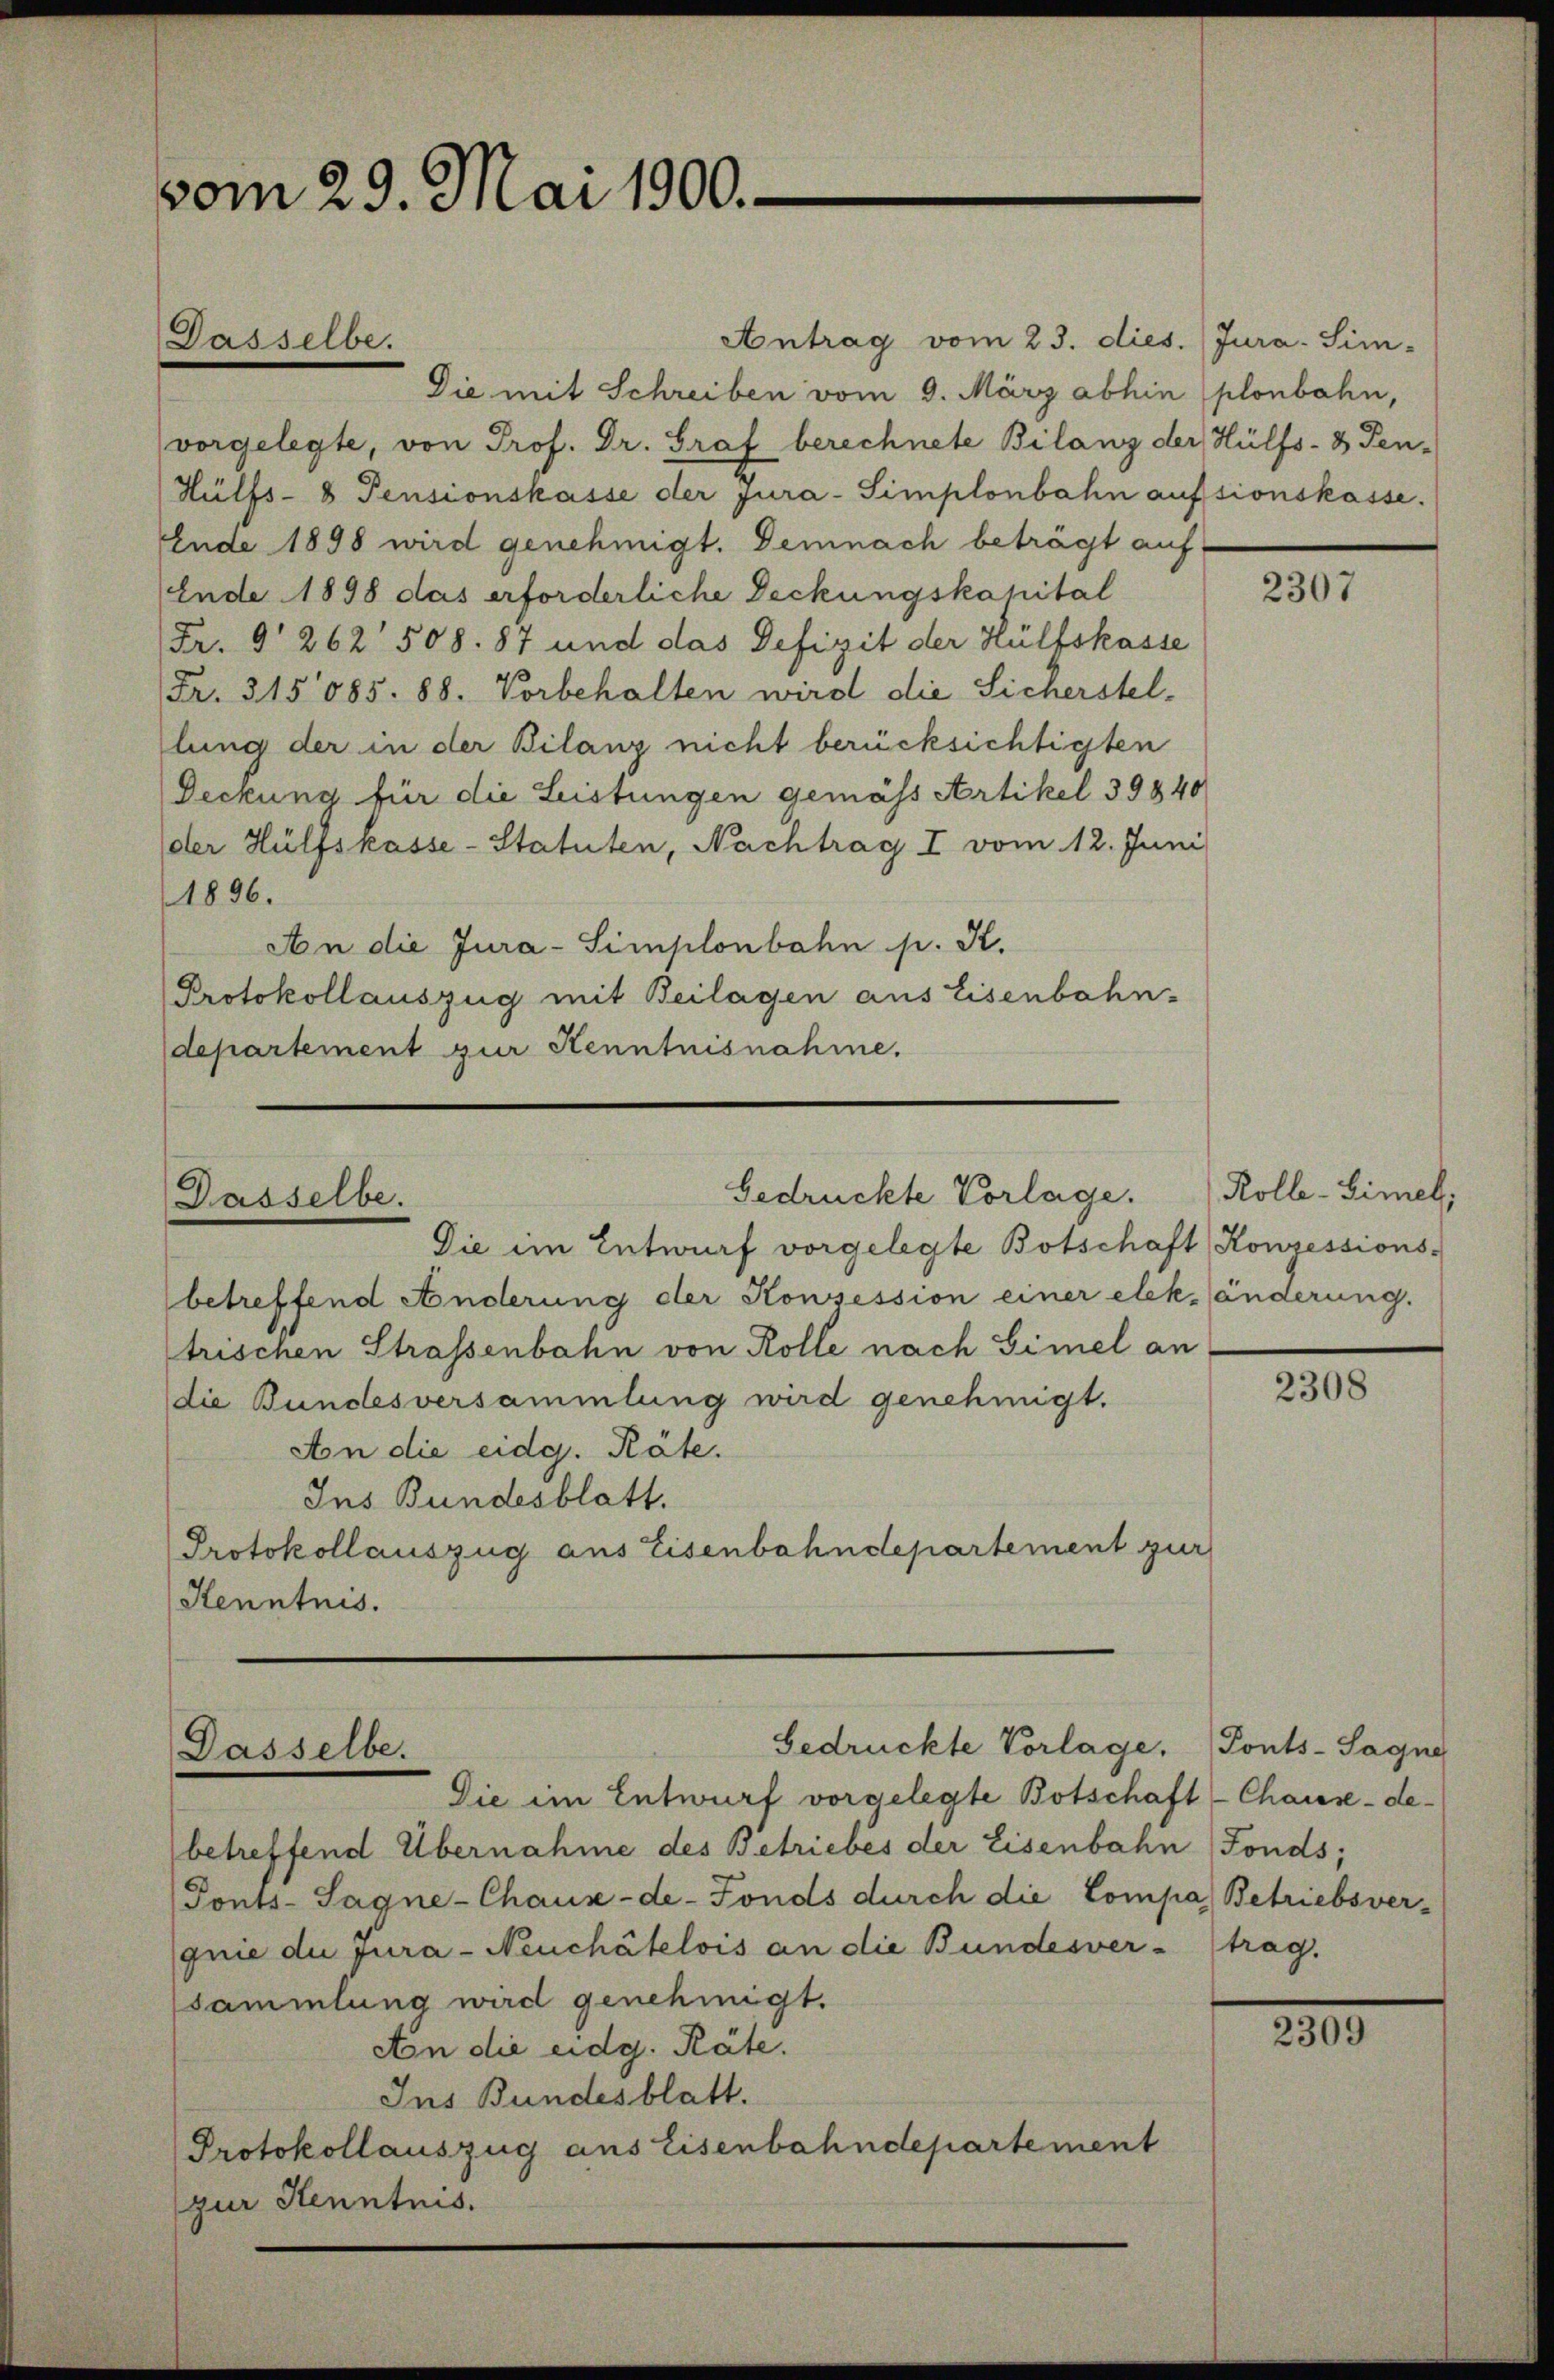
vom 29. Mai 1900.

Dasselbe.

Antrag vom 23. dies. Jura. Sim-
Die mit Schreiben vom 9. März abhin (plonbahn,
vorgelegte, von Prof. Dr. Graf berechnete Bilanz der Hülfs- & Pen-
Hülfs-8 Pensionskasse der jura-Simplonbahn aufsionskasse.
Ende 1898 wird genehmigt. Demnach beträgt auf
Ende 1898 das erforderliche Deckungskapital
Fr. § 262 508. 87 und das Defizit der Hülfskasse
(Fr. 315085. 88. Vorbehalten wird die Sicherstel-
lung der in der Bilanz nicht berücksichtigten
Deckung für die Leistungen gemäss Artikel 39840
der Hülfskasse-Statuten, Nachtrag I vom 12. Juni
1896.
An die Jura-Simplonbahn p. K.
Protokollauszug mit Beilagen aus Eisenbahn-
departement zur Kenntnisnahme.

Gedrückte Vorlage.
Dasselbe.
Die im Entwurf vorgelegte Botschaft Konzessions-

betreffend Änderung der Konzession einer etckänderung.
trischen Strassenbahn von Rolle nach Gimel an
die Bundesversammlung wird genehmigt.
An die eidg. Räte.
Ins Bundesblatt.
Protokollauszug aus Eisenbahndepartement zur
Kenntnis.

Gedrückte Vorlage.
Dasselbe.
Die im Entwurf vorgelegte Botschaft-Chause-de-

betreffend Übernahme des Betriebes der Eisenbahn Fonds;
Tonts-Sagne-Chaux-de-Fonds durch die Compa) Betriebsver-
quie du jura - Neuchâtelois an die Bundesver-
sammlung wird genehmigt.
An die eidg. Räte.
Ins Bundesblatt.
Protokollauszug aus Eisenbahndepartement
zur Kenntnis.

2307

Rolle-Himel,

2308

Ponts-Sagne
trag.

2309